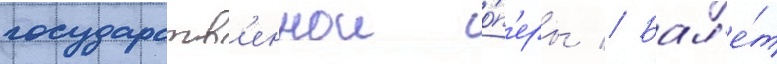
государств'еннои о́п'еры // Бал'е́т